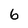
Character: 6